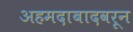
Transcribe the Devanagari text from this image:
अहमदाबादवरून